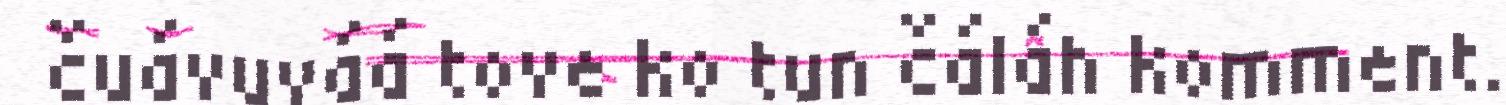
čuávuváá tove ko tun čáláh komment.